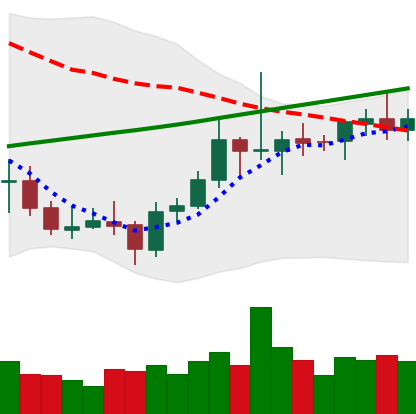
Ticker: ETC-USD
Chart end date: 2021-08-02
Forward return: 17.836%
Label: up_7plus